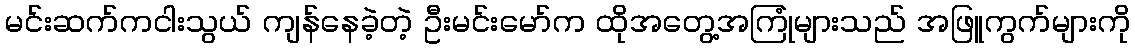
မင်းဆက်ကငါးသွယ် ကျန်နေခဲ့တဲ့ ဦးမင်းမော်က ထိုအတွေ့အကြုံများသည် အဖြူကွက်များကို